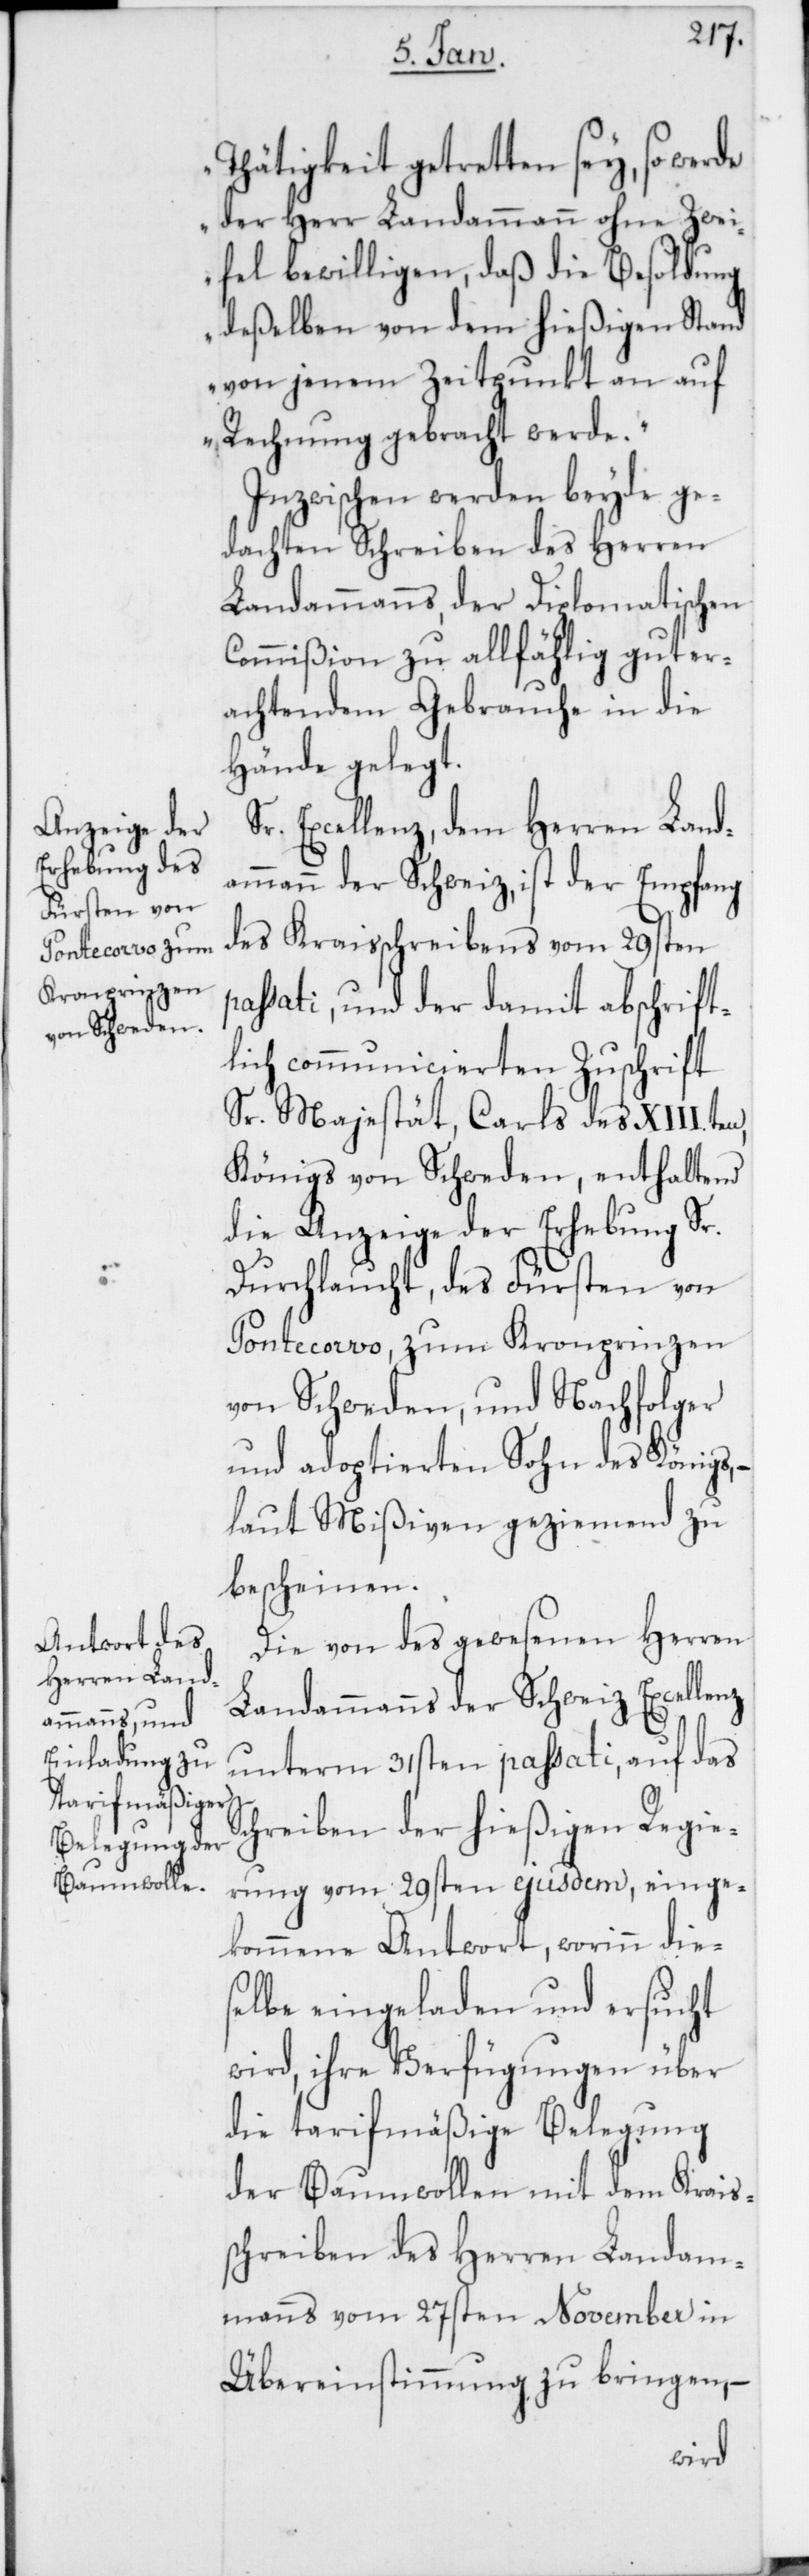
Thätigkeit getretten sey, so werde
der Herr Landammann ohne Zwei¬
fel bewilligen, daß die Besoldung
deßelben von dem hießigen Stand
von jenem Zeitpunkt an auf
Rechnung gebracht werde“.
Inzwischen werden beyde ge¬
dachten Schreiben des Herren
Landammanns, der Diplomatischen
Commißion zu allfählig gut er¬
achtendem Gebrauche in die
Hände gelegt.
Excellenz, dem Herren Land¬
ammann der Schweiz, ist der Empfang
des Kraisschreibens vom 29sten
passati, und der damit abschrift¬
lich communicierten Zuschrift
Sr. Majestät, Carls des XIII.ten,
Königs von Schweden, enthaltend
die Anzeige der Erhebung Sr.
Durchlaucht, des Fürsten von
Pontecorvo, zum Kronprinzen
von Schweden, und Nachfolger
und adoptierten Sohn des Königs,
laut Mißiven geziemend zu
bescheinen.
Die von des gewesenen Herren
Landammanns der Schweiz Excellenz
unterm 31sten passati, auf das
Schreiben der hießigen Regie¬
rung vom 29sten ejusdem, einge¬
kommene Antwort, worinn die¬
selbe eingeladen und ersucht
wird, ihre Verfügungen über
die tarifmäßige Belegung
der Baumwollen mit dem Krais¬
schreiben des Herren Landam¬
manns vom 27sten November in
Übereinstimmung zu bringen, –